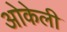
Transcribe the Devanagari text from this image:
ओकेली